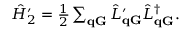
\begin{array} { r } { \hat { H } _ { 2 } ^ { \prime } = \frac { 1 } { 2 } \sum _ { \mathbf q \mathbf G } \hat { L } _ { \mathbf { q G } } ^ { \prime } \hat { L } _ { \mathbf { q G } } ^ { \dagger } . } \end{array}